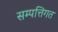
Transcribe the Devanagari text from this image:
सम्पत्तिगत